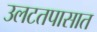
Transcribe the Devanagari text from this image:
उलटतपासात